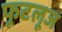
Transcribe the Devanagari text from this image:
फूटलूज